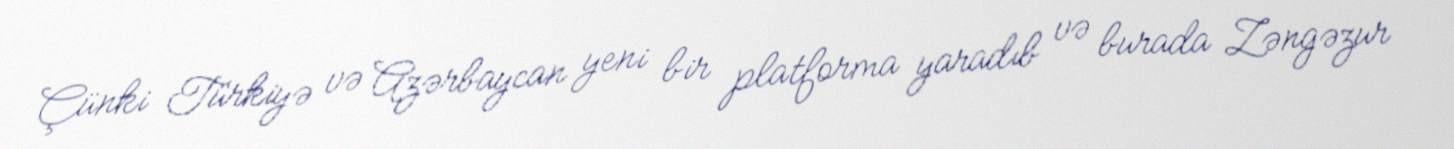
Çünki Türkiyə və Azərbaycan yeni bir platforma yaradıb və burada Zəngəzur